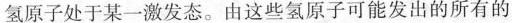
氢原子处于某一激发态。由这些氢原子可能发出的所有的